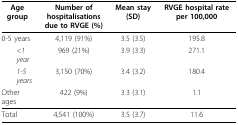
| Age group | Number of hospitalisations due to RVGE (%) | Mean stay (SD) | RVGE hospital rate per 100,000 |
 | --- | --- | --- | --- |
 | 0-5 years | 4,119 (91%) | 3.5 (3.5) | 195.8 |
 | < 1 year | 969 (21%) | 3.9 (3.3) | 271.1 |
 | 1-5 years | 3,150 (70%) | 3.4 (3.2) | 180.4 |
 | Other ages | 422 (9%) | 3.3 (3.1) | 1.1 |
 | Total | 4,541 (100%) | 3.5 (3.7) | 11.6 |